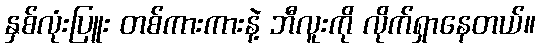
နှစ်လုံးပြူး တစ်ကားကားနဲ့ ဘီလူးကို လိုက်ရှာနေတယ်။